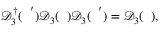
\begin{array} { r } { \mathcal { D } _ { 3 } ^ { \dagger } ( { \it \Delta \phi ^ { ' } } ) \mathcal { D } _ { 3 } ( { \it \Delta \phi } ) \mathcal { D } _ { 3 } ( { \it \Delta \phi ^ { ' } } ) = \mathcal { D } _ { 3 } ( { \it \Delta \phi } ) , } \end{array}